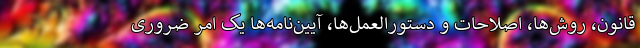
قانون، روش‌ها، اصلاحات و دستورالعمل‌ها، آیین‌نامه‌ها یک امر ضروری